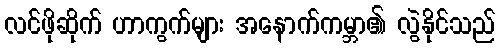
လင်ဖိုဆိုက် ဟာကွက်များ အနောက်ကမ္ဘာ၏ လွဲနိုင်သည်